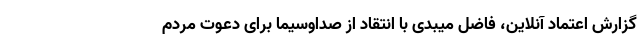
گزارش اعتماد آنلاین، فاضل میبدی با انتقاد از صداوسیما برای دعوت مردم